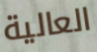
العالية